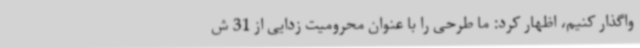
واگذار کنیم، اظهار کرد: ما طرحی را با عنوان محرومیت زدایی از 31 ش